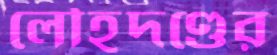
লৌহদণ্ডের